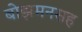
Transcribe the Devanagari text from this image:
बोझमनसह